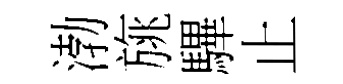
渤旐驆止